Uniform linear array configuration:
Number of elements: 16
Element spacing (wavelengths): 0.25
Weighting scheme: uniform
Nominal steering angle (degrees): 45
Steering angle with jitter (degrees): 45.072
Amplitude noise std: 0.05
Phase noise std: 0.05

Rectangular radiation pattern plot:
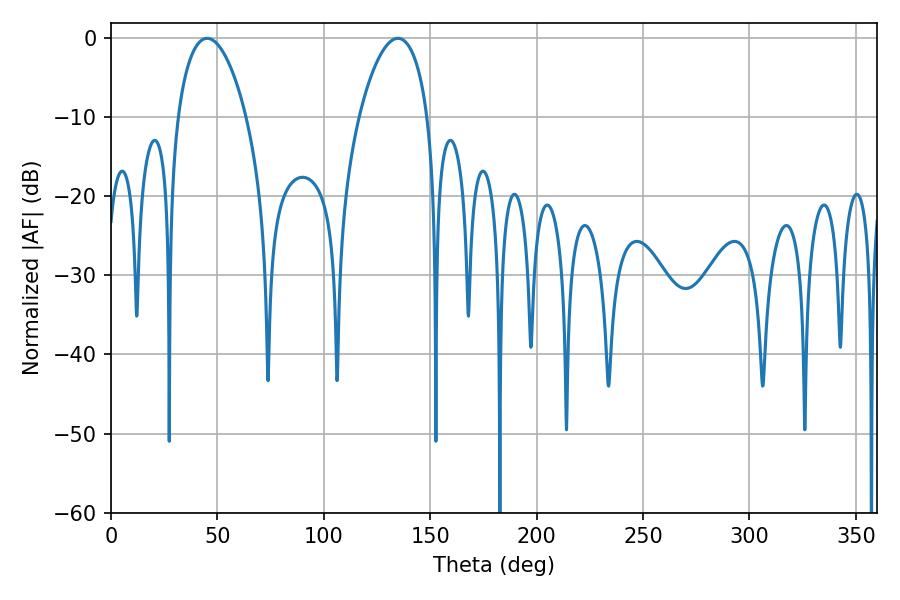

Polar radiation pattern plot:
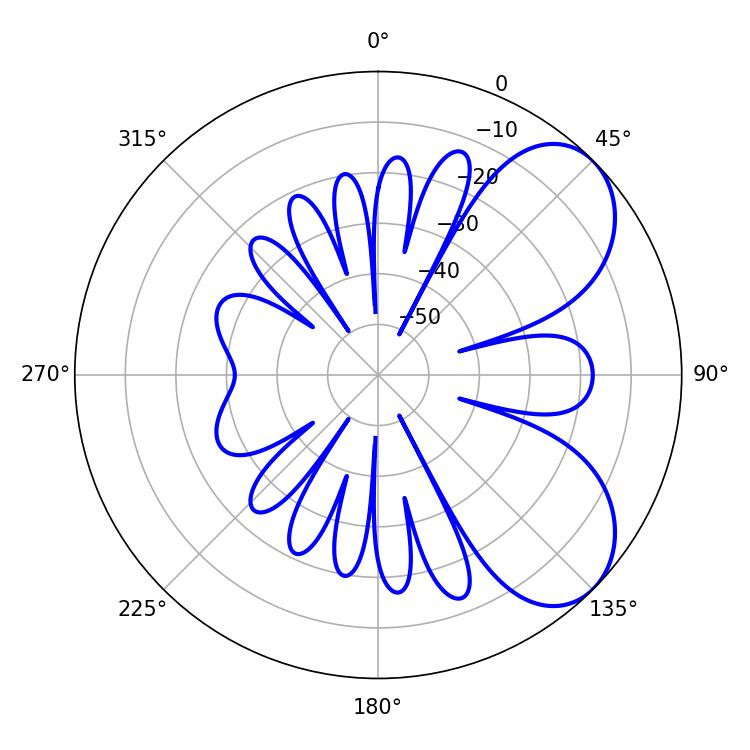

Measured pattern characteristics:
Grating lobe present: FALSE
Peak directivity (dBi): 6.147
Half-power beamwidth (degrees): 18.18
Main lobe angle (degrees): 45.18